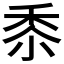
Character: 𮮑